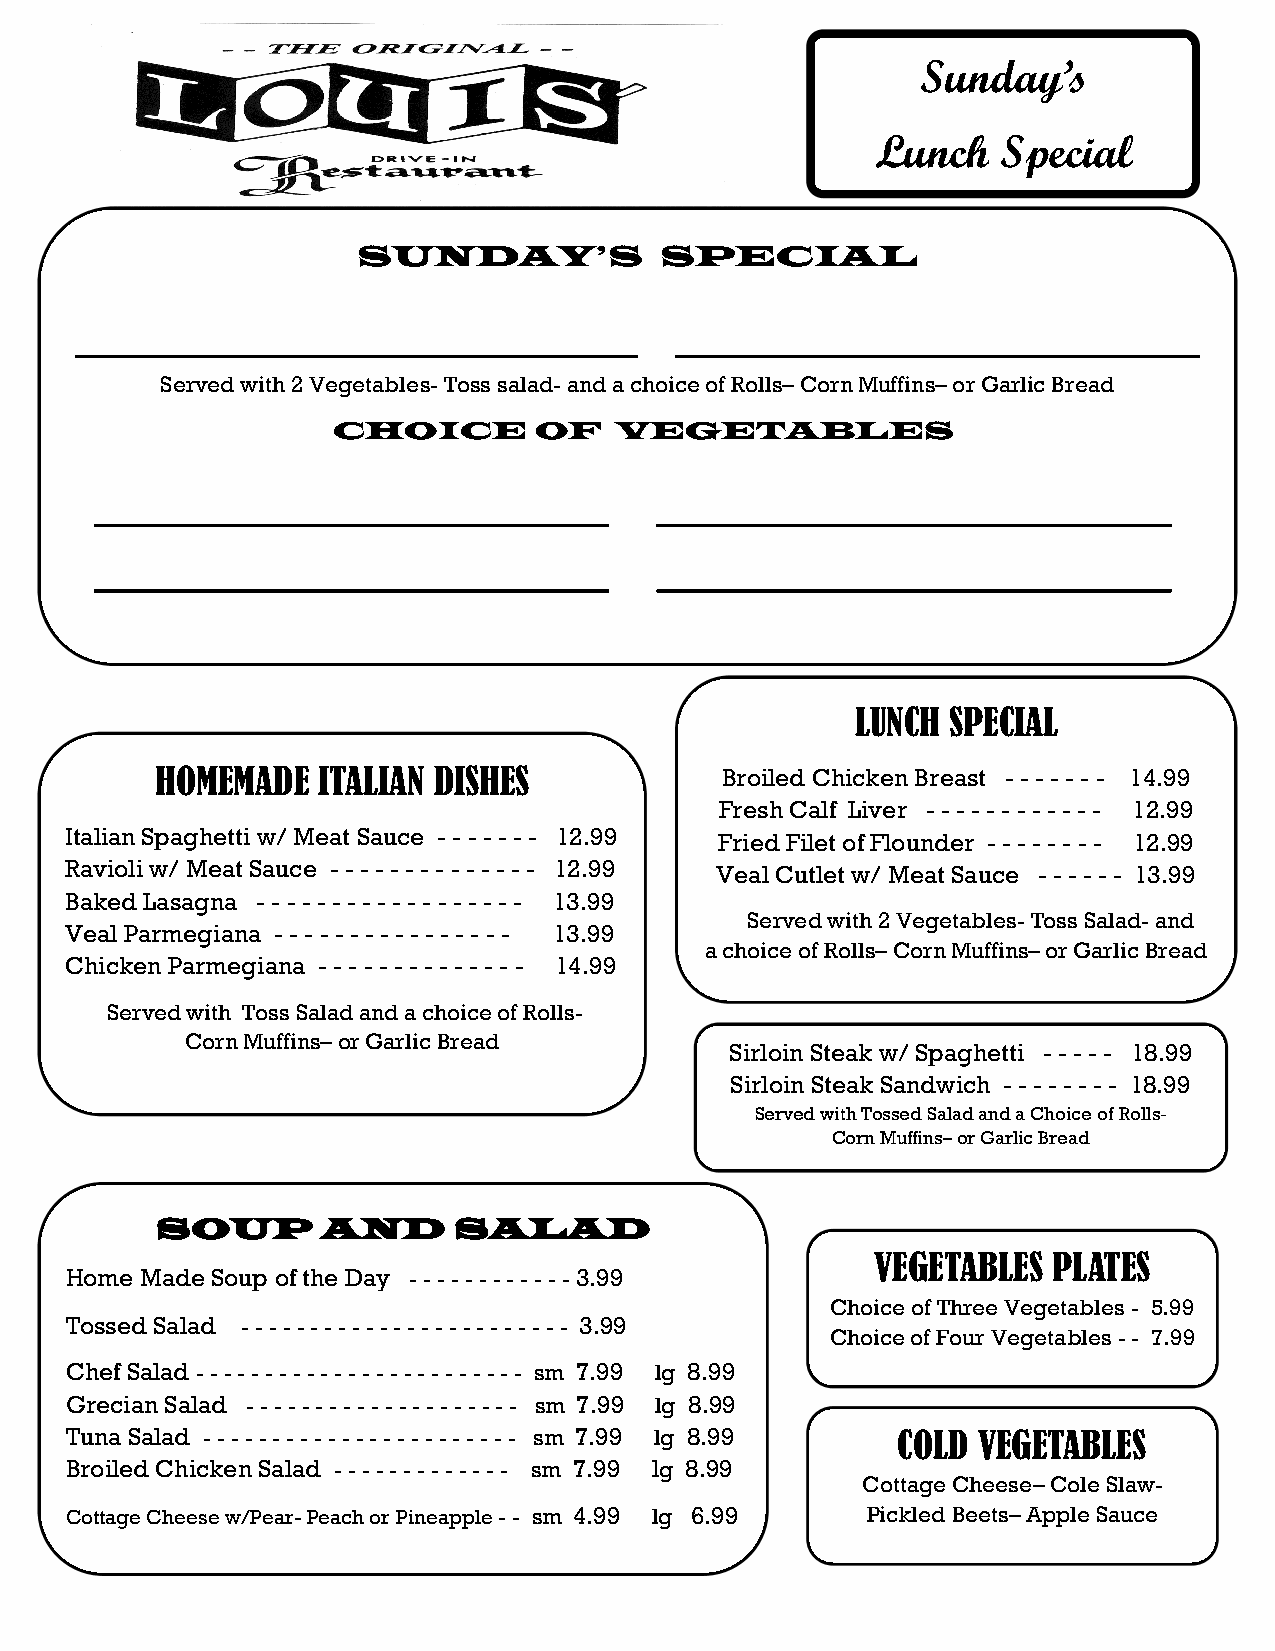
Sunday’s
 Lunch   Special
 SUNDAY’S            SPECIAL
 Served with 2 Vegetables- Toss salad- and a choice of Rolls– Corn Muffins– or Garlic Bread
 CHOICE       OF    VEGETABLES
 LUNCH SPECIAL
 HOMEMADE   ITALIAN DISHES             Broiled Chicken Breast - - - - - - - 14.99
 Fresh Calf Liver - - - - - - - - - - - - 12.99
 Italian Spaghetti w/ Meat Sauce - - - - - - - 12.99 F r i e d F i l e t o f F l o u n d e r - - - - - - - - 12.99
 Ravioli w/ Meat Sauce - - - - - - - - - - - - - - 12.99 Veal Cutlet w/ Meat Sauce - - - - - - 13.99
 Baked Lasagna - - - - - - - - - - - - - - - - - - 13.99
 Served with 2 Vegetables- Toss Salad- and
 Veal Parmegiana - - - - - - - - - - - - - - - - 13.99
 a choice of Rolls– Corn Muffins– or Garlic Bread
 Chicken Parmegiana - - - - - - - - - - - - - - 14.99
 Served with Toss Salad and a choice of Rolls-
 Corn Muffins– or Garlic Bread
 Sirloin Steak w/ Spaghetti - - - - - 18.99
 Sirloin Steak Sandwich - - - - - - - - 18.99
 Served with Tossed Salad and a Choice of Rolls-
 Corn Muffins– or Garlic Bread
 SOUP       AND      SALAD
 VEGETABLES  PLATES
 Home Made Soup of the Day - - - - - - - - - - - - 3.99
 Choice of Three Vegetables - 5.99
 Tossed Salad - - - - - - - - - - - - - - - - - - - - - - - - 3.99
 Choice of Four Vegetables - - 7.99
 Chef Salad - - - - - - - - - - - - - - - - - - - - - - - - sm 7.99 lg 8.99
 Grecian Salad - - - - - - - - - - - - - - - - - - - - sm 7.99 lg 8.99
 Tuna Salad - - - - - - - - - - - - - - - - - - - - - - - sm 7.99 lg 8.99 COLD VEGETABLES
 Broiled Chicken Salad - - - - - - - - - - - - - sm 7.99 lg 8.99
 Cottage Cheese– Cole Slaw-
 Cottage Cheese w/Pear- Peach or Pineapple - - sm 4.99 lg 6.99 Pickled Beets– Apple Sauce